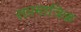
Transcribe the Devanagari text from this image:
सप्तमात्रिक